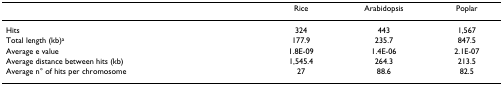
<table><thead><tr><td></td><td><b>Rice</b></td><td><b>Arabidopsis</b></td><td><b>Poplar</b></td></tr></thead><tbody><tr><td>Hits</td><td>324</td><td>443</td><td>1,567</td></tr><tr><td>Total length (kb)<sup>a</sup></td><td>177.9</td><td>235.7</td><td>847.5</td></tr><tr><td>Average e value</td><td>1.8E-09</td><td>1.4E-06</td><td>2.1E-07</td></tr><tr><td>Average distance between hits (kb)</td><td>1,545.4</td><td>264.3</td><td>213.5</td></tr><tr><td>Average n° of hits per chromosome</td><td>27</td><td>88.6</td><td>82.5</td></tr></tbody></table>